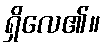
ရှိလေ၏။